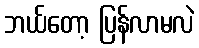
ဘယ်တော့ ပြန်လာမလဲ